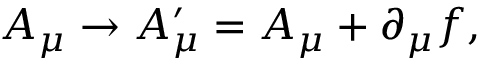
A _ { \mu } \rightarrow A _ { \mu } ^ { \prime } = A _ { \mu } + \partial _ { \mu } f ,